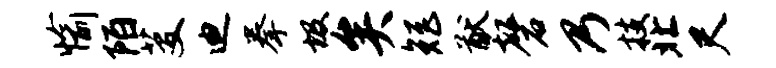
愉陌芟迪拳圾矣矩猷磬乃技北尺